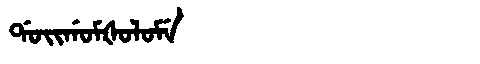
Manchu: ᡩᠣᡳᡤᠣᠮᡧᠣᠯᠣᠮᡝ
Romanization: DOIGOMŠOLOME